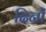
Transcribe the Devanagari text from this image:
दिनों